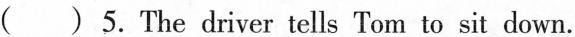
( )5. The driver tells Tom to sit down.